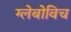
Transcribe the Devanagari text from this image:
ग्लेबोविच